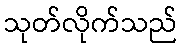
သုတ်လိုက်သည်